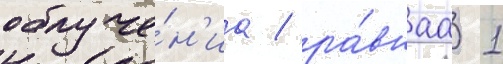
облуче́н'иа / ра́внаа 1